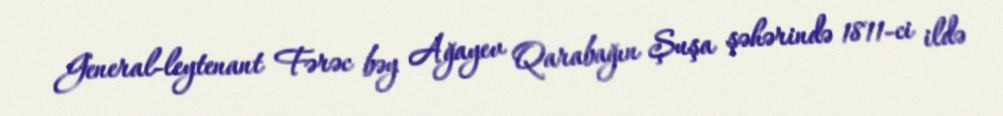
General-leytenant Fərəc bəy Ağayev Qarabağın Şuşa şəhərində 1811-ci ildə